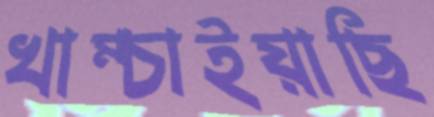
খাম্‌চাইয়াছি